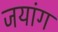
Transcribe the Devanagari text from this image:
जयांग